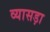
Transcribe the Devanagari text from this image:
व्यासड़ा